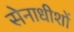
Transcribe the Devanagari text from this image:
सेनाधीशों